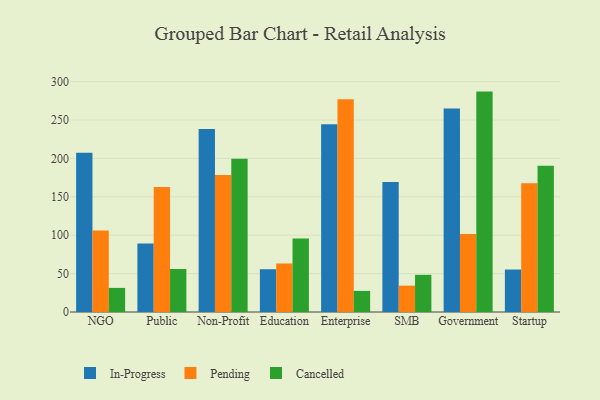
{"axis": {"x": "Segment", "y": "Net Income (USD K)"}, "legend": ["Cancelled", "In-Progress", "Pending"], "data": [{"x": "NGO", "y": 207.3, "type": "In-Progress"}, {"x": "NGO", "y": 106.1, "type": "Pending"}, {"x": "NGO", "y": 31.4, "type": "Cancelled"}, {"x": "Public", "y": 89.3, "type": "In-Progress"}, {"x": "Public", "y": 162.8, "type": "Pending"}, {"x": "Public", "y": 56.0, "type": "Cancelled"}, {"x": "Non-Profit", "y": 238.4, "type": "In-Progress"}, {"x": "Non-Profit", "y": 178.3, "type": "Pending"}, {"x": "Non-Profit", "y": 199.5, "type": "Cancelled"}, {"x": "Education", "y": 55.7, "type": "In-Progress"}, {"x": "Education", "y": 63.2, "type": "Pending"}, {"x": "Education", "y": 95.8, "type": "Cancelled"}, {"x": "Enterprise", "y": 244.5, "type": "In-Progress"}, {"x": "Enterprise", "y": 277.2, "type": "Pending"}, {"x": "Enterprise", "y": 27.5, "type": "Cancelled"}, {"x": "SMB", "y": 169.4, "type": "In-Progress"}, {"x": "SMB", "y": 34.3, "type": "Pending"}, {"x": "SMB", "y": 48.4, "type": "Cancelled"}, {"x": "Government", "y": 265.0, "type": "In-Progress"}, {"x": "Government", "y": 101.7, "type": "Pending"}, {"x": "Government", "y": 287.0, "type": "Cancelled"}, {"x": "Startup", "y": 55.3, "type": "In-Progress"}, {"x": "Startup", "y": 167.7, "type": "Pending"}, {"x": "Startup", "y": 190.3, "type": "Cancelled"}]}